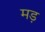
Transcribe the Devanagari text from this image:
मड़